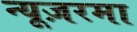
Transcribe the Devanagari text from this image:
न्यूज़रमा